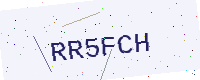
Text: RR5FCH